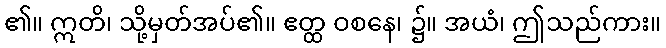
၏။ ဣတိ၊ သို့မှတ်အပ်၏။ ဧတ္ထ ဝစနေ၊ ၌။ အယံ၊ ဤသည်ကား။